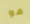
هو